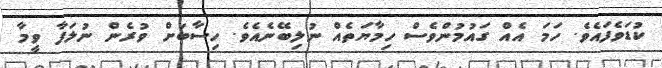
ކުޑަވެފައެވެ. ހަމަ އެއް ގައުމުންވެސް ހިމާޔަތެއް ނުލިބޭނެއެވެ. ހިސާބަށް ވުރެން ނުލަފާ ވީމާ